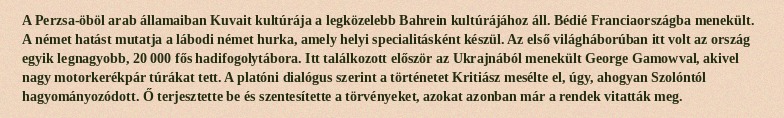
A Perzsa-öböl arab államaiban Kuvait kultúrája a legközelebb Bahrein kultúrájához áll. Bédié Franciaországba menekült. A német hatást mutatja a lábodi német hurka, amely helyi specialitásként készül. Az első világháborúban itt volt az ország egyik legnagyobb, 20 000 fős hadifogolytábora. Itt találkozott először az Ukrajnából menekült George Gamowval, akivel nagy motorkerékpár túrákat tett. A platóni dialógus szerint a történetet Kritiász mesélte el, úgy, ahogyan Szolóntól hagyományozódott. Ő terjesztette be és szentesítette a törvényeket, azokat azonban már a rendek vitatták meg.